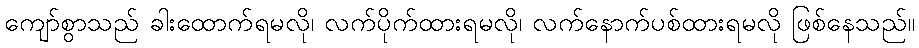
ကျော်စွာသည် ခါးထောက်ရမလို၊ လက်ပိုက်ထားရမလို၊ လက်နောက်ပစ်ထားရမလို ဖြစ်နေသည်။